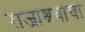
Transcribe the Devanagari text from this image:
राजाश्रयाचा